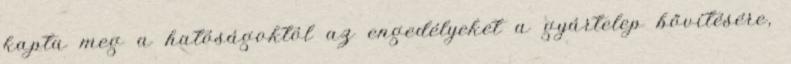
kapta meg a hatóságoktól az engedélyeket a gyártelep bővítésére,